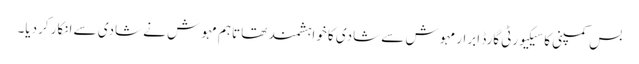
بس کمپنی کا سیکیورٹی گارڈ ابرار مہوش سے شادی کا خواہشمند تھا تاہم مہوش نے شادی سے انکار کردیا۔